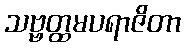
သဗ္ဗတ္ထမပရာဇိတာ